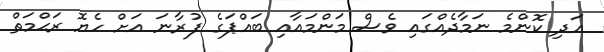
އަދި ކޮންމެ ނަމާދެއްގައި ވެސް މަންމައާއި ބައްޕަގެ ފުރާނަ އަށް ހެޔޮ ރަޙްމަތް